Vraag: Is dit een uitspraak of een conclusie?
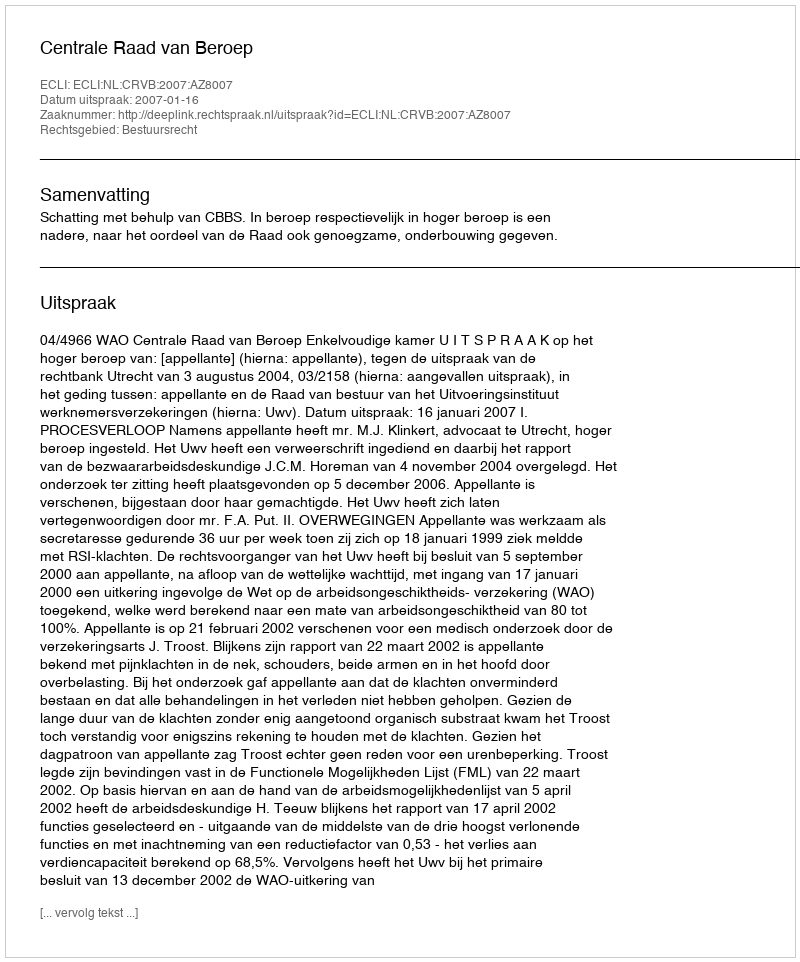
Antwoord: Uitspraak